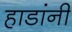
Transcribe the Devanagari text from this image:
हाडांनी